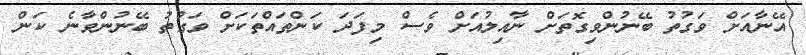
އޭނާއަށް ވަގުތު ބޭނުންވިގޮތަށް ނާއިލުއަށް ވެސް މިފަދަ ކަންތައްތަކަށް ވަގުތު ބޭނުންވާނެ ކަން